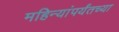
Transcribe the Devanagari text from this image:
महिन्यांपर्यंतच्या